Indian journal of veterinary science and animal husbandry - Volume 4,
Year: 1934
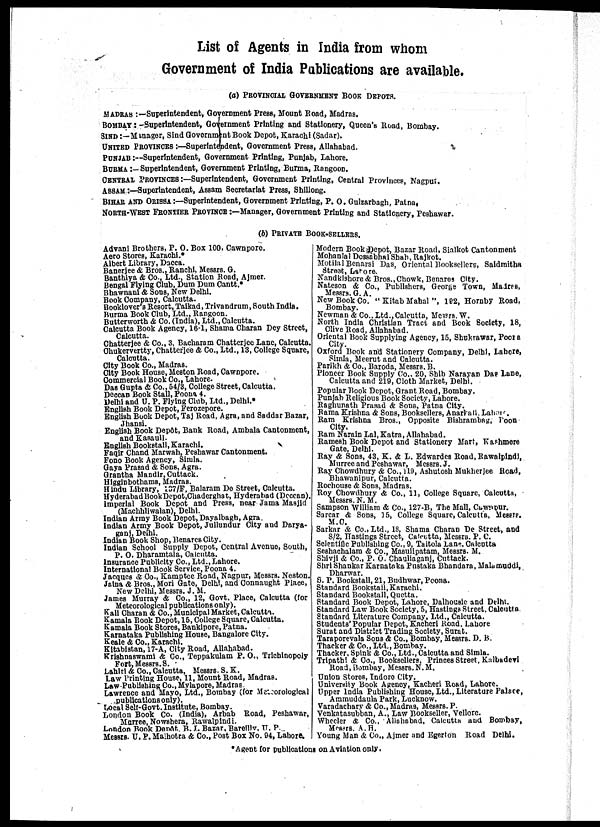
List of Agents in India from whom
Government of India Publications are available.
(a) PROVINCIAL GOVERNMENT BOOK DEPOTS.
MADRAS :—Superintendent, Government Press, Mount Road, Madras.
BOMBAY : -Superintendent, Government Printing and Stationery, Queen's Road, Bombay.
SIND:—Manager, Sind Government Book Depot, Karachi (Sadar).
UNITED PROVINCES :—Superintendent, Government Press, Allahabad.
PUNJAB:—Superintendent, Government Printing, Punjab, Lahore.
BURMA :— Superintendent, Government Printing, Burma, Rangoon.
CENTRAL PROVINCES :—Superintendent, Government Printing, Central Provinces, Nagpur.
ASSAM :—Superintendent, Assam Secretariat Press, Shillong.
BIHAR AND ORISSA :—Superintendent, Government Printing, P. O. Gulzarbagh, Patna.
NORTH-WEST FRONTIER PROVINCE:—Manager, Government Printing and Stationery, Peshawar.
(b) PRIVATE BOOK-SELLERS
Advani Brothers, P. O. Box 100, Cawnpore.
Aero Stores, Karachi.*
Albert Library, Dacca.
Banerjee & Bros., Ranchi, Messrs. G.
Banthiya & Co., Ltd., Station Road, Ajmer.
Bengal Flying Club, Dum Dum Cantt.*
Bhawnani & Sons, New Delhi.
Book Company, Calcutta.
Booklover's Resort, Taikad, Trivandrum, South India.
Burma Book Club, Ltd., Rangoon.
Butterworth & Co. (India), Ltd., Calcutta.
Calcutta Book Agency, 16-1, Shama Charan Dey Street,
Calcutta.
Chatterjee & Co., 3, Bacharam Chatterjee Lane, Calcutta.
Chukervertty, Chatterjee & Co., Ltd., 13, College Square,
Calcutta.
City Book Co., Madras.
City Book House, Meston Road, Cawnpore.
Commercial Book Co., Lahore.
Das Gupta & Co., 54/3, College Street, Calcutta.
Deccan Book Stall, Poona 4.
Delhi and U. P. Flying Club, Ltd., Delhi.*
English Book Depot, Ferozepore.
English Book Depot, Taj Road, Agra, and Saddar Bazar,
Jhansi.
English Book Depôt, Bank Road, Ambala Cantonment,
and Kasauli.
English Bookstall, Karachi.
Faqir Chand Marwah, Peshawar Cantonment.
Fono Book Agency, Simla.
Gaya Prasad & Sons, Agra.
Grantha Mandir, Cuttack.
Higginbothams, Madras.
Hindu Library, 137/F, Balaram Do Street, Calcutta.
Hyderabad Book Depot.Chaderghat, Hyderabad (Deccan).
Imperial Book Depot and Press, near Jama Masjid
(Machhliwalan), Delhi.
Indian Army Book Depot, Dayalbagh, Agra.
Indian Army Book Depot, Jullundur City and Darya-
ganj, Delhi.
Indian Book Shop, Benarcs City.
Indian School Supply Depot, Central Avenue, South,
P. O. Dharamtala, Calcutta.
Insurance Publicity Co., Ltd., Lahore.
International Book Service, Poona 4.
Jacques & Co., Kamptce Road, Nagpur, Messrs. Neston.
Jalna & Bros., Mori Gate, Delhi, and Connaught Place,
New Delhi, Messrs. J. M.
James Murray & Co., 12, Govt. Place, Calcutta (for
Meteorological publications only).
Kali Charan & Co., Municipal Market, Calcutta.
Kamala Book Depot, 15, College Square,Calcutta.
Kamala Book Stores, Bankipore, Patna.
Karnataka Publishing House, Bangalore City.
Keale & Co., Karachi.
Kitabistan, 17-A, City Road, Allahabad.
Krishnaswami & Co., Teppakulam P. O., Trichlnopoly
Fort, Messrs. S.
Lahiri & Co., Calcutta, Messrs. S. K.
Law Printing House, 11, Mount Road, Madras.
Law Publishing Co., Mylapore, Madras.
Lawrence and Mayo, Ltd., Bombay (for Meteorological
publications only).
Local Self-Govt. Institute, Bombay.
London Book Co. (India), Arbab Road, Peshawar,
Marree,Nowshera, Rawalpindi.
London Book Depot. B. I. Bazar, Bareilly, U. P.
Messrs. U. P. Malhotra & Co., Post Box No. 94, Lahore.
Modern Book Depot, Bazar Road, Sialkot Cantonment
Mohanlal Dossabhai Shah, Rajkot.
Motilal Benarsi Das, Oriental Booksellers, Saidmitha
street, Lahore.
Nandkishore & Bros., Chowk, Benares City.
Nateson & Co., Publishers, George Town, Madras,
Messrs. G. A.
New Book Co. " Kitab Mahal ", 192, Hornby Road,
Bombay.
Newman & Co. Ltd.,Calcutta, Messrs. W.
North India Christian Tract and Book Society, 18,
Clive Road, Allahabad.
Oriental Book Supplying Agency, 15, Shukrawar, Poona
City.
Oxford Book and Stationery Company, Delhi, Lahore,
Simla, Meerut and Calcutta.
Parikh & Co., Baroda, Messrs. B.
Pioneer Book Supply Co., 20, Shib Narayan Das Lane,
Calcutta and 219, Cloth Market, Delhi.
Popular Book Depot, Grant Road, Bombay.
Punjab Religious Book Society, Lahore.
Raghunath Prasad & Sons, Patna City.
Rama Krishna & Sons, Booksellers, Anarhali. Lahore.
Ram Krishna Bros., Opposite Bishrambag, Poona
City.
Ram Narain Lal, Katra, Allahabad.
Ramesh Book Depot and Stationery Mart, Kashmere
Gate, Delhi.
Ray & Sons, 43, K. & L. Edwardes Road, Rawalpindi,
Murree and Peshawar, Messrs. J.
Ray Chowdhury & Co., 119, Ashutosh Mukherjee Road,
Bhawanipur, Calcutta.
Rochouse & Sons, Madras.
Roy Chowdhury & Co., 11, College Square, Calcutta,
Messrs .N. M.
Sampson William & Co., 127-B, The Mall, Cawnpur.
Sarcar & Sons, 15, College Square, Calcutta, Messrs.
M.C.
Sarkar & Co., Ltd., 18, Shama Charan De Street, and
8/2, Hastings Street, Calcutta, Messrs. P. C.
Scientific Publishing Co., 9, Taitola Lane, Calcutta
Seshachalam & Co., Masulipatam, Messrs. M.
Shivji & Co., P. O. Chauliaganj, Cuttack.
Shri Shankar Karnataka Pustaka Bhandara, Malamuddi,
Dharwar.
S. P. Bookstall, 21, Budhwar, Poona.
Standard Bookstall,Karachi.
Standard Bookstall, Quetta.
Standard Book Depot, Lahore, Dalhousie and Delhi.
Standard Law Book Society, 5, Hastings Street, Calcutta.
Standard Literature Company, Ltd., Calcutta.
Students' Popular Depot, Kacheri Road, Lahore
Surat and District Trading Society, Surat.
Taraporevala Sons & Co., Bombay, Messrs. D. B.
Thacker & Co., Ltd., Bombay.
Thacker, Spink & Co., Ltd., Calcutta and Simla.
Tripathi & Co., Booksellers, Princes Street, Kalbadevi
Road, Bombay, Messrs.N.M.
Union Stores, Indore City.
University Book Agency, Kacheri Road, Lahore.
Upper India Publishing House, Ltd., Literature Palace,
Ammuddaula Park, Lucknow.
Varadachary & Co., Madras, Messrs. P.
Venkatasubban, A., Law Bookseller, Vellore.
Wheeler & Co., Allahabad, Calcutta and Bombay,
Messrs. A.H.
Young Man & Co., Ajmer and Egerton Road Delhi.
*Agent for publications on Aviation only.